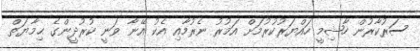
ސަރުކާރުން ހާޝިމީ ހައްޔަރުކުރުމަށް އަމުރު ނެރުމާއި އެކު އޭނާ ވަނީ ކުރުދީންގެ ޙިމާޔަތް